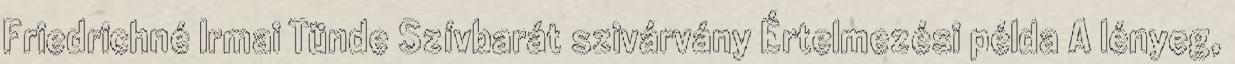
Friedrichné Irmai Tünde Szívbarát szivárvány Értelmezési példa A lényeg,